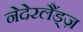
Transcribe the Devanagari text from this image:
नेदेरलैंड्ज़